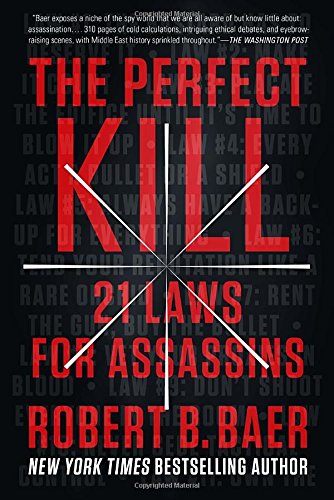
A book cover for The Perfect Kill: 21 Laws for Assassins; Robert B. Baer; Biographies & Memoirs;